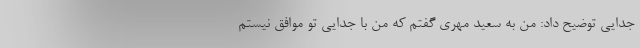
جدایی توضیح داد: من به سعید مهری گفتم که من با جدایی تو موافق نیستم